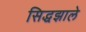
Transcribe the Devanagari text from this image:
सिद्धझाले